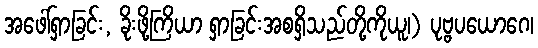
အဖေါ်ရှာခြင်း, ခိုးဖို့ကြိယာ ရှာခြင်းအစရှိသည်တို့ကိုယူ၊) ပုဗ္ဗပယောဂေ၊